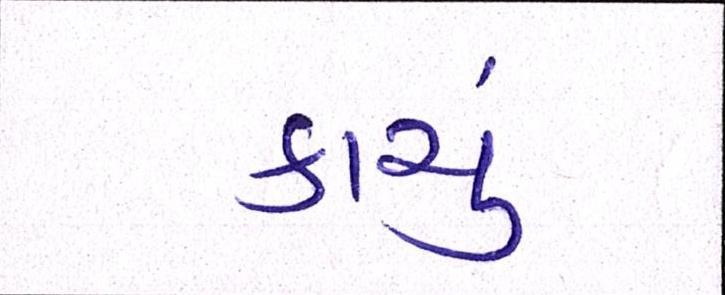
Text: કાચું